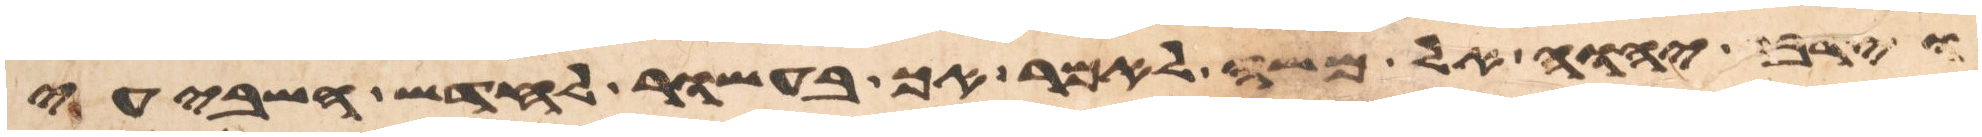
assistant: וידבר יהוה אל משה לאמר אך בעשור לחדש השביעי